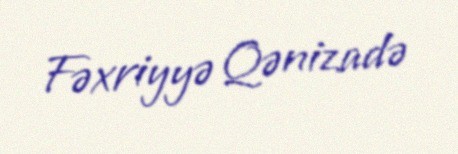
Fəxriyyə Qənizadə